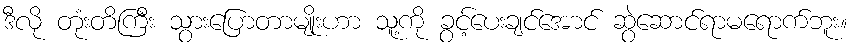
ဒီလို တုံးတိကြီး သွားပြောတာမျိုးဟာ သူ့ကို ခွင့်ပေးချင်အောင် ဆွဲဆောင်ရာမရောက်ဘူး။